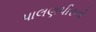
પાલણપીરનો